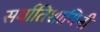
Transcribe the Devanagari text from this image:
सर्वातिशायिनी